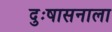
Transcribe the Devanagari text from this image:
दुःषासनाला